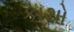
કાથો